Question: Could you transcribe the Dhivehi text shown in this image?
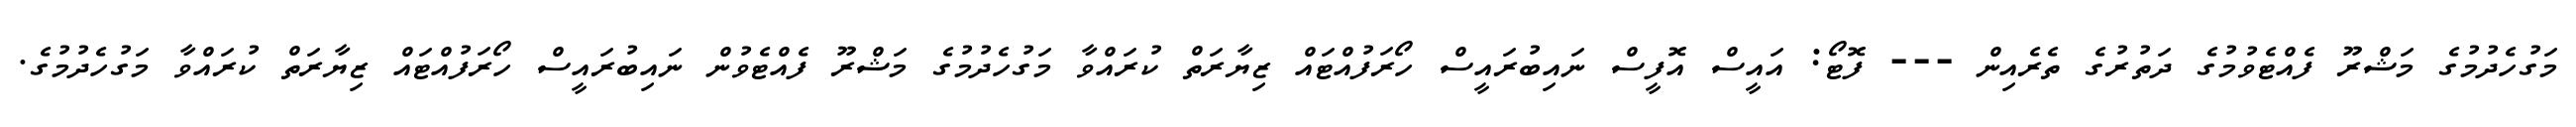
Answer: މަގުހެދުމުގެ މަޝްރޫ ފެއްޓެވުމުގެ ދަތުރުގެ ތެރެއިން --- ފޮޓޯ: އައީސް އޮފީސް ނައިބުރައީސް ހޯރަފުއްޓައް ޒިޔާރަތް ކުރައްވާ މަގުހެދުމުގެ މަޝްރޫ ފެއްޓެވުން ނައިބުރައީސް ހޯރަފުއްޓައް ޒިޔާރަތް ކުރައްވާ މަގުހެދުމުގެ.